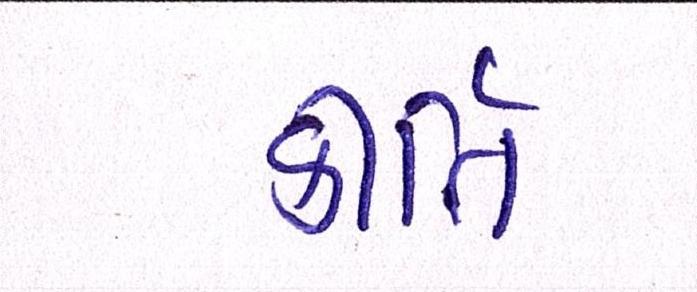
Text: કીર્તિ